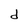
Character: d